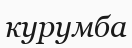
курумба